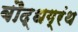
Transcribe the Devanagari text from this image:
बौद्धग्रंथ